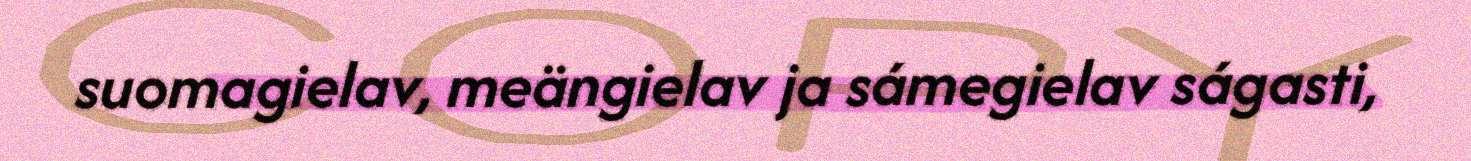
suomagielav, meängielav ja sámegielav ságasti,